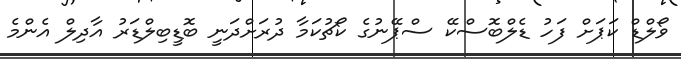
ވޯލްޑް ކަޕަށް ފަހު ޑެލްބޮސްކޭ ސްޕޭނުގެ ކޯޗުކަމާ ދުރަށްދަނީ ބޮޑީބިލްޑަރު އާދިލް އެންމެ